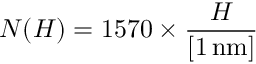
N ( H ) = 1 5 7 0 \times \frac { H } { [ 1 \, \mathrm { n m } ] }